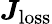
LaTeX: \boldsymbol{J}_{\mathrm{loss}}